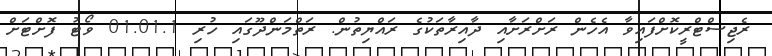
ރެޖިސްޓްރީކޮށްފައިވާ އެހެން ރަށްރަށާއި ދާއިރާތަކުގެ ރައްޔިތުން. ރަތްމަންދޫގައި ހުރި 01.01.1 ވޯޓު ފޮށްޓަށް